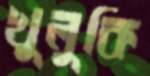
খুলুকি